65_HS1-834228961_62-HQ-83894_Section_1
Agency: FBI
Page 118
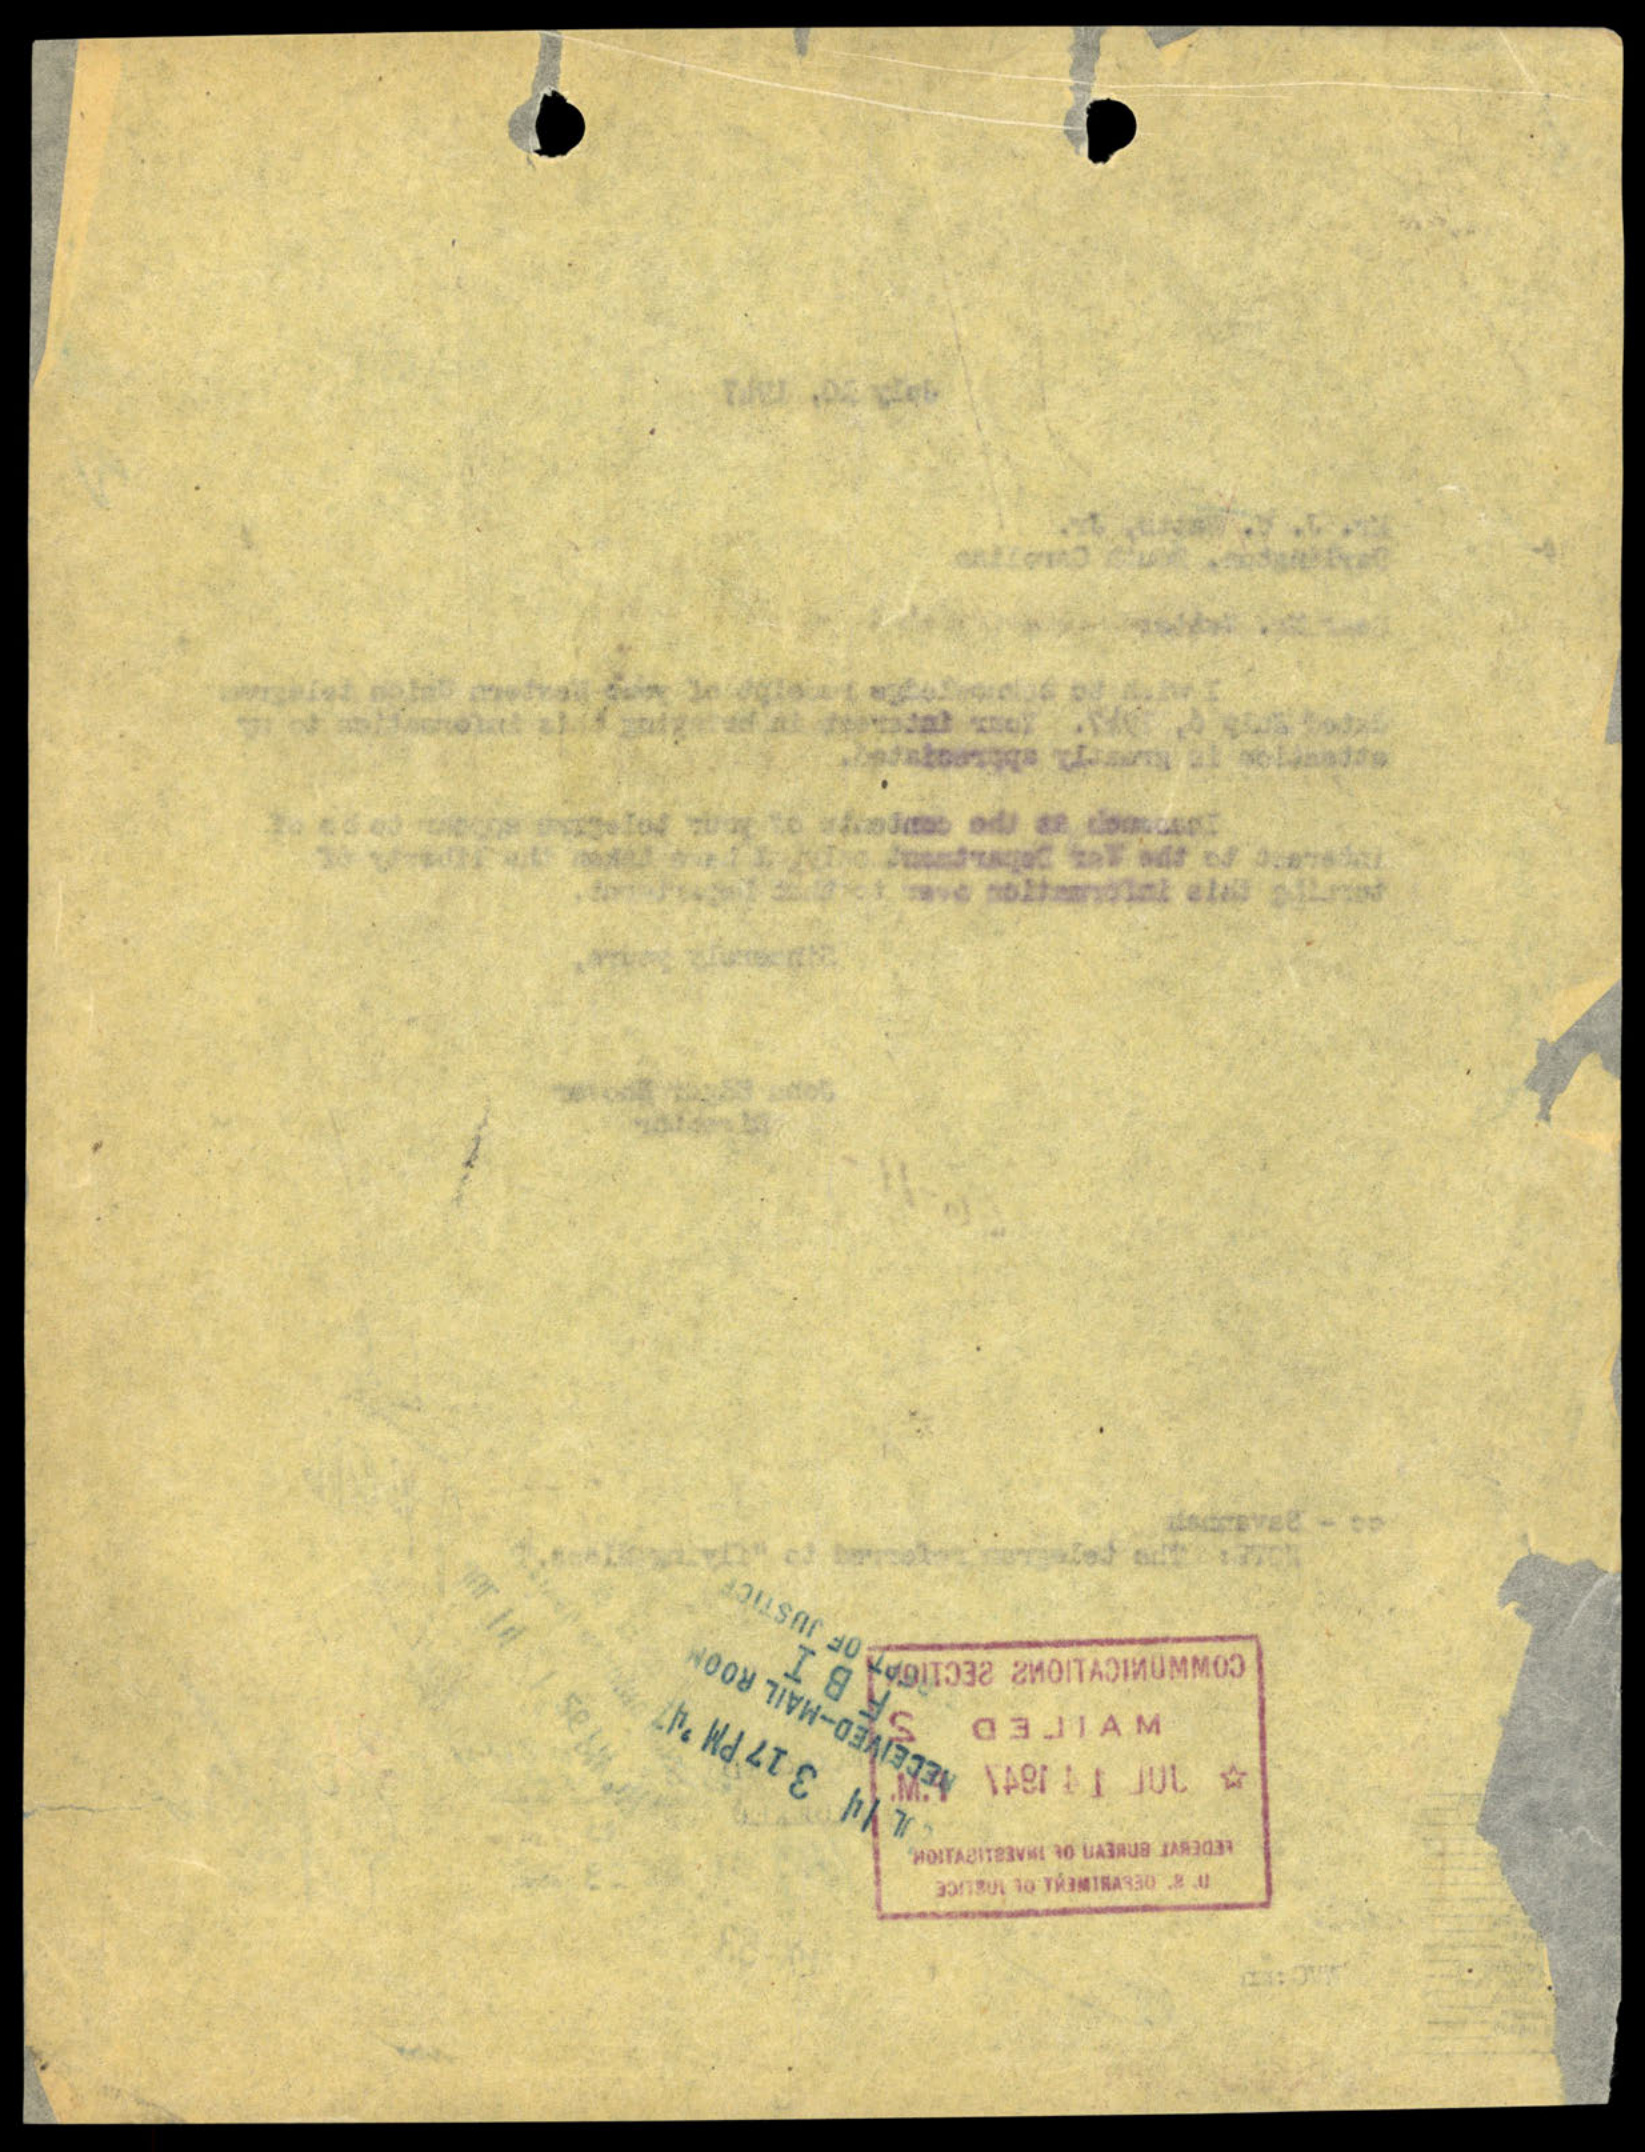